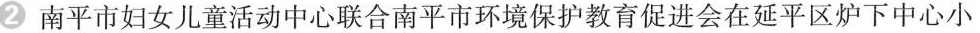
2南平市妇女儿童活动中心联合南平市环境保护教育促进会在延平区炉下中心小